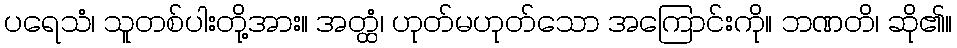
ပရေသံ၊ သူတစ်ပါးတို့အား။ အတ္ထံ၊ ဟုတ်မဟုတ်သော အကြောင်းကို။ ဘဏတိ၊ ဆို၏။